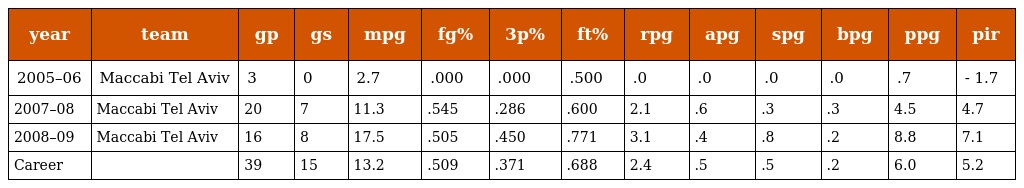
| year | team | gp | gs | mpg | fg% | 3p% | ft% | rpg | apg | spg | bpg | ppg | pir |
 | --- | --- | --- | --- | --- | --- | --- | --- | --- | --- | --- | --- | --- | --- |
 | 2005–06 | Maccabi Tel Aviv | 3 | 0 | 2.7 | .000 | .000 | .500 | .0 | .0 | .0 | .0 | .7 | - 1.7 |
 | 2007–08 | Maccabi Tel Aviv | 20 | 7 | 11.3 | .545 | .286 | .600 | 2.1 | .6 | .3 | .3 | 4.5 | 4.7 |
 | 2008–09 | Maccabi Tel Aviv | 16 | 8 | 17.5 | .505 | .450 | .771 | 3.1 | .4 | .8 | .2 | 8.8 | 7.1 |
 | Career |  | 39 | 15 | 13.2 | .509 | .371 | .688 | 2.4 | .5 | .5 | .2 | 6.0 | 5.2 |